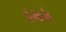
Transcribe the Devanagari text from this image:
इंगले